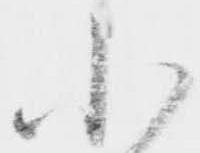
小